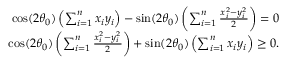
\begin{array} { r } { \cos ( 2 \theta _ { 0 } ) \left( \sum _ { i = 1 } ^ { n } x _ { i } y _ { i } \right) - \sin ( 2 \theta _ { 0 } ) \left( \sum _ { i = 1 } ^ { n } \frac { x _ { i } ^ { 2 } - y _ { i } ^ { 2 } } { 2 } \right) = 0 } \\ { \cos ( 2 \theta _ { 0 } ) \left( \sum _ { i = 1 } ^ { n } \frac { x _ { i } ^ { 2 } - y _ { i } ^ { 2 } } { 2 } \right) + \sin ( 2 \theta _ { 0 } ) \left( \sum _ { i = 1 } ^ { n } x _ { i } y _ { i } \right) \geq 0 . } \end{array}